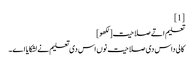
[1]
تعلیم اتے صلاحیت[لکھو]
کالی داس دی صلاحیت نوں اس دی تعلیم نے لشکایا اے۔